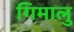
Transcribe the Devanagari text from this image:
गिमालु